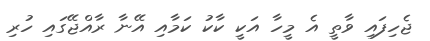
ޖެހިފައި ވާތީ އެ މީހާ އަކީ ކާކު ކަމާއި އޭނާ ރާއްޖޭގައި ހުރި